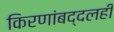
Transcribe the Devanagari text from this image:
किरणांबद्दलही